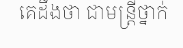
គេដឹងថា ជាមន្ត្រីថ្នាក់